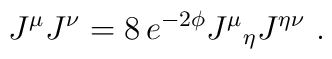
J^{\mu}J^{\nu}  = 8 \,  e^{-2 \phi}J^\mu{}_{\eta}  J^{\eta \nu}\ .